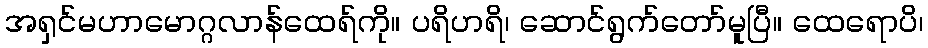
အရှင်မဟာမောဂ္ဂလာန်ထေရ်ကို။ ပရိဟရိ၊ ဆောင်ရွက်တော်မူပြီ။ ထေရောပိ၊